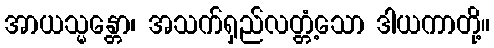
အာယသ္မန္တော၊ အသက်ရှည်လတ္တံ့သော ဒါယကာတို့။